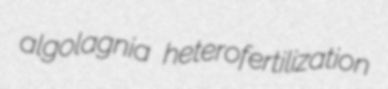
algolagnia heterofertilization